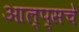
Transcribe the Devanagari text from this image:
आल्प्सचे